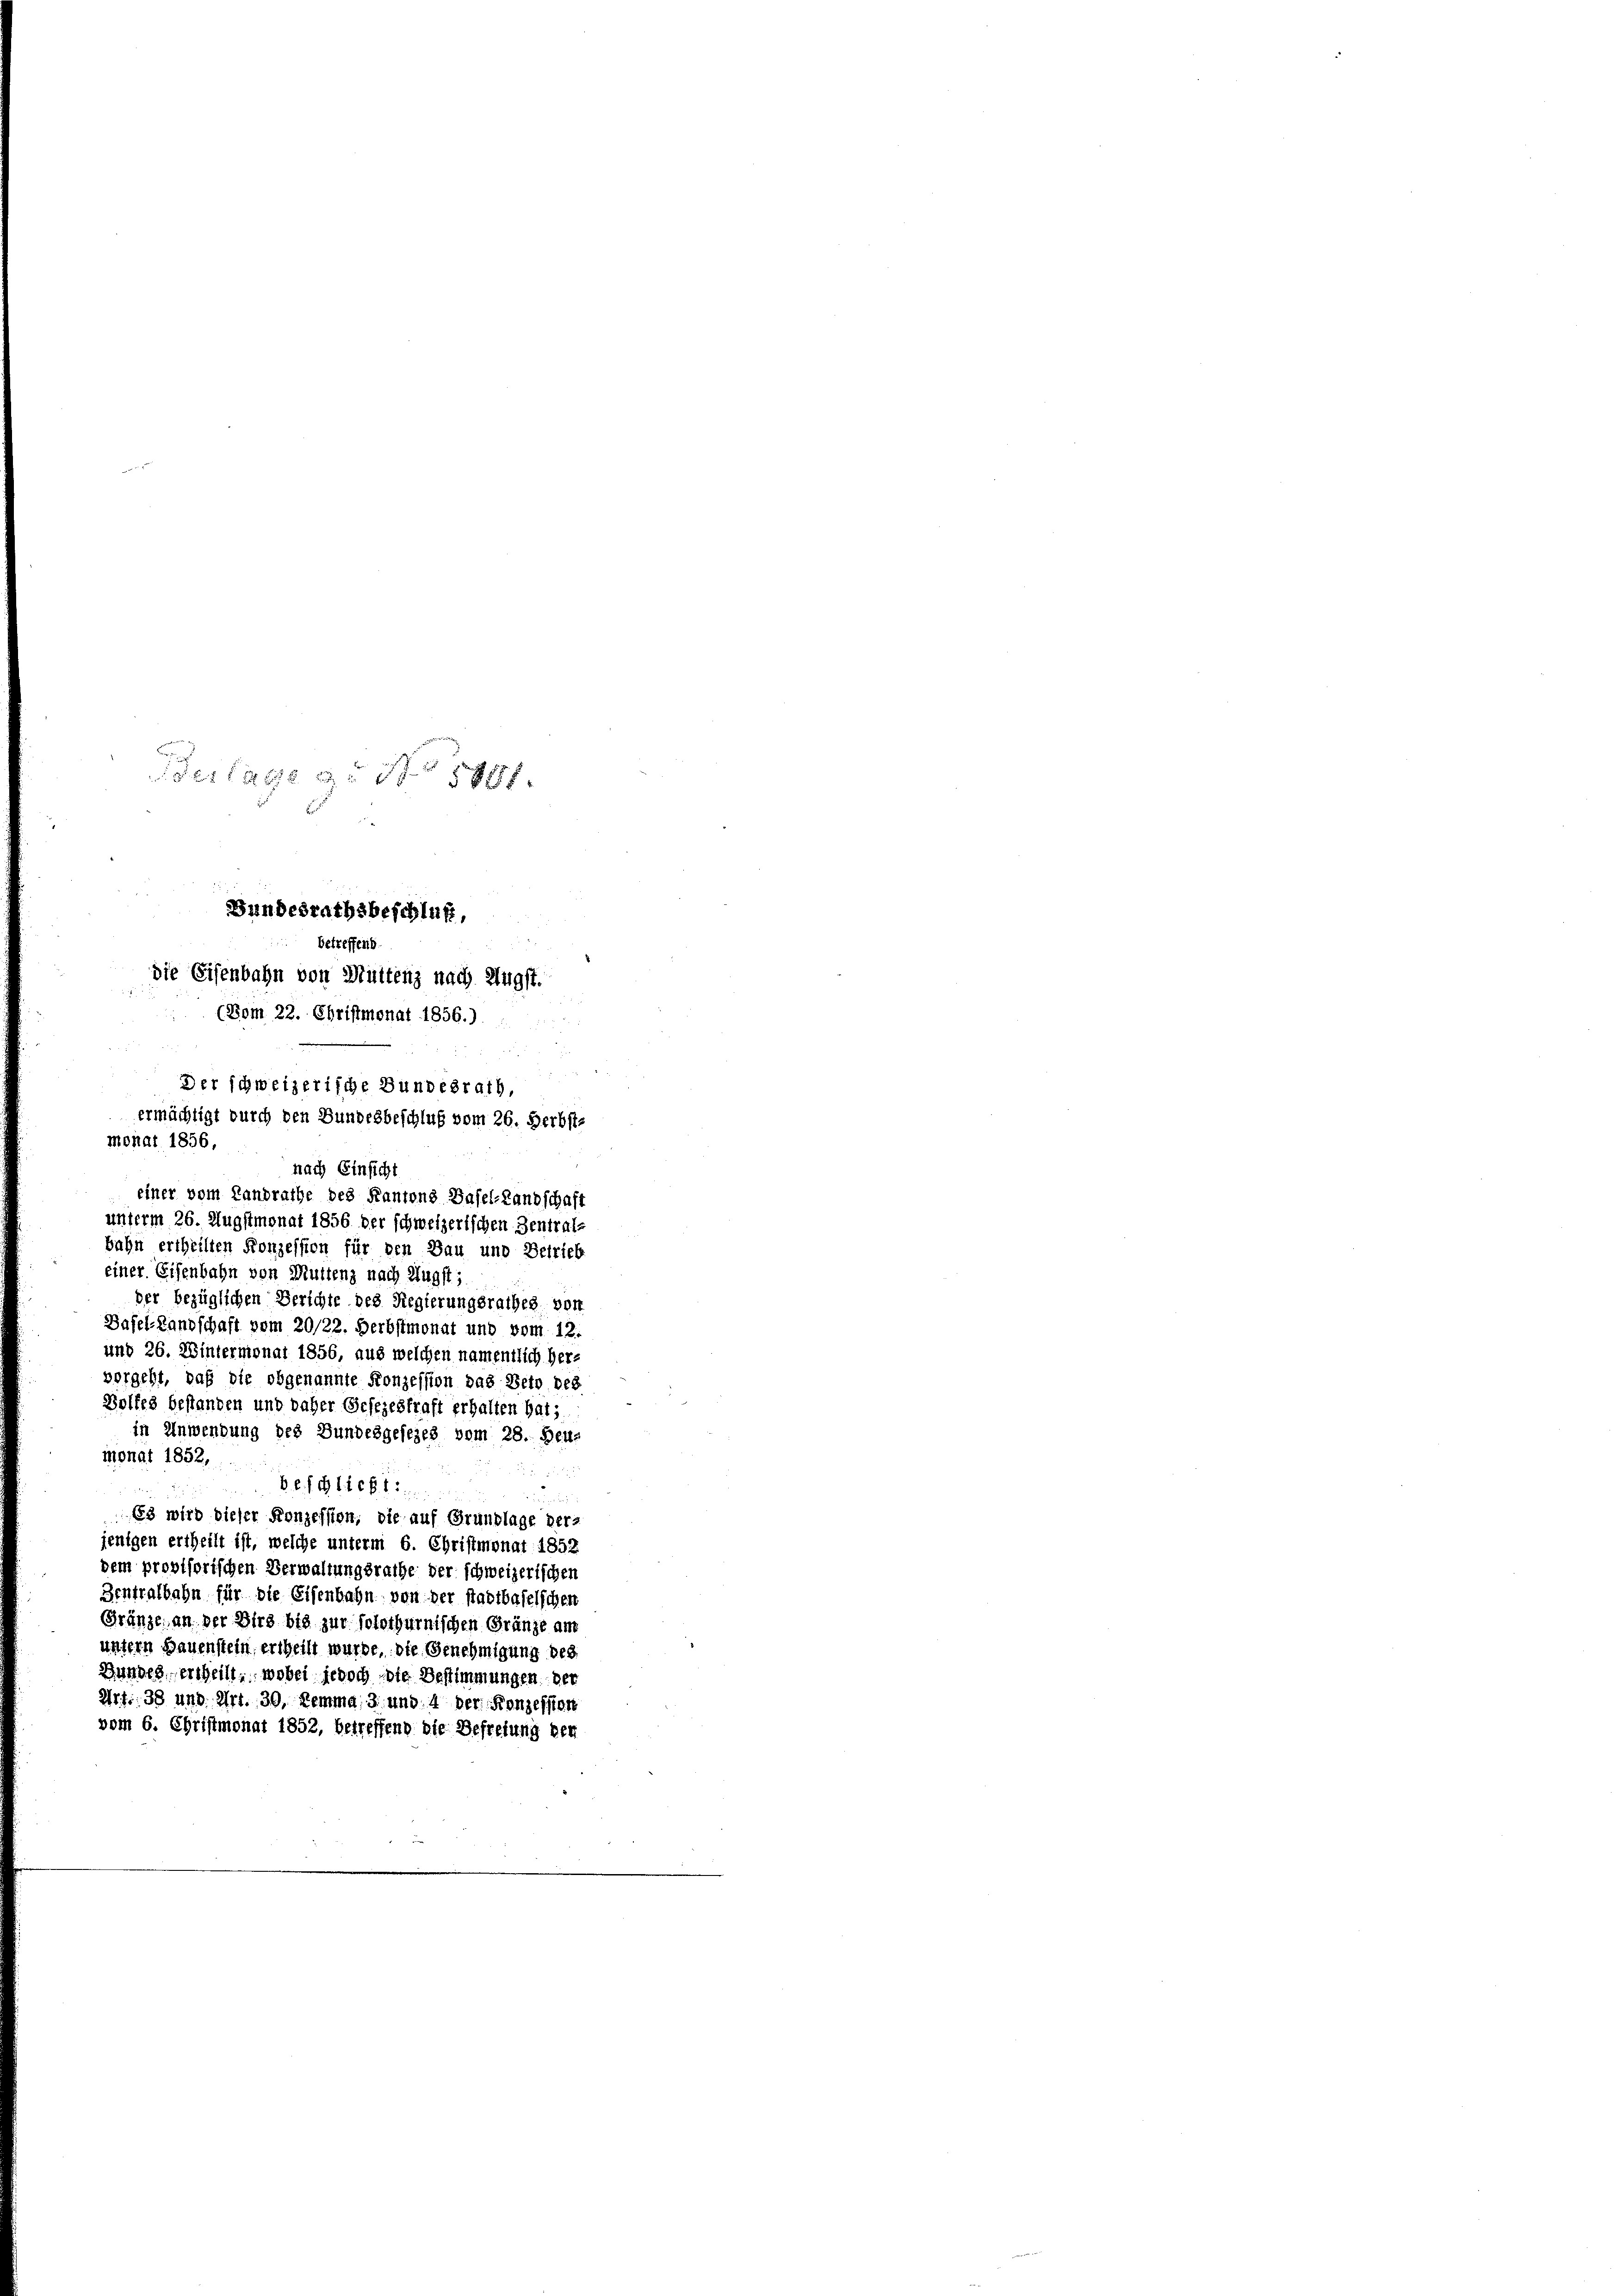
Verlage g. No 8781.
Gundesrathsbeschluß,
betreffens
die Eisenbahn von Müttenz nach Augst.
(Vom 22. Christmonat 1856.)
Der schweizerische Bundesrath,
ermächtigt durch den Bundesbeschluß vom 26. Herbst-
monat 1856,
nach Einsicht
einer vom Landrathe des Kantons Basel-Landschaft
unterm 26. Augstmonat 1856 der schweizerischen Zentral-

bahn ertheilten Konzession für den Bau und Betrieb
einer Eisenbahn von Muttenz nach Augst;
der bezüglichen Berichte des Regierungsrathes von
Basel-Landschaft vom 20/22. Herbstmonat und vom 12.
und 26. Wintermonat 1856, aus welchen namentlich Hervorgeht, daß die obgenannte Konzession das Beto des
Wolfes bestanden und daher Gesezeskraft erhalten hat;
in Anwendung des Bundesgesezes vom 28. Beu
monat 1852,
Desglicht

n
68 wird dieser Konzession, die auf Grundlage der
jenigen ertheilt ist, welche unterm 6. Christmonat 1852
dem provisorischen Verwaltungsrathe der schweizerischen
Zentralbahn für die Eisenbahn von der stadtbaselschen
Gränze, an der Wird bis zur solothurnischen Gränze am
untern Hauenstein, ertheilt wurde, die Genehmigung des
Hundes, ertheilt, wobei jedoch die Bestimmungen der
Art. 38 und Art. 30, Nemma 3 und 4 der Konzession
vom 6. Christmonat 1852, betreffend die Befreiung der